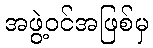
အဖွဲ့ဝင်အဖြစ်မှ